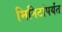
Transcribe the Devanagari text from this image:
मिनिटांपर्यंत